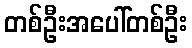
တစ်ဦးအပေါ်တစ်ဦး